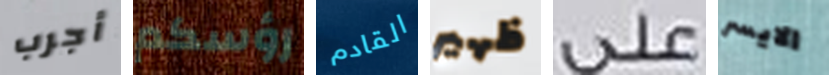
أجرب رؤسكم القادم ظهير على الايسر